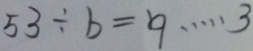
5 3 \div b = q \cdots 3